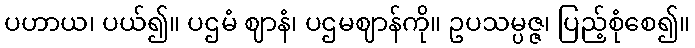
ပဟာယ၊ ပယ်၍။ ပဌမံ ဈာနံ၊ ပဌမဈာန်ကို။ ဥပသမ္ပဇ္ဇ၊ ပြည့်စုံစေ၍။